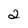
Character: 2